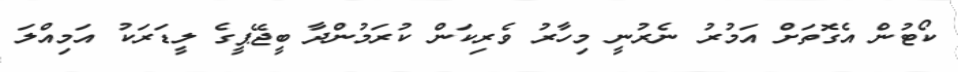
ކޯޓުން އެގޮތަށް އަމުރު ނެރުނީ މިހާރު ވެރިކަން ކުރަމުންދާ ބީޖޭޕީގެ ލީޑަރަކު އަމިއްލަ